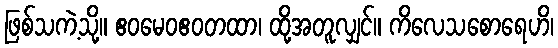
ဖြစ်သကဲ့သို့။ ဧဝမေဝဧဝတထာ၊ ထို့အတူလျှင်။ ကိလေသစောရေဟိ၊